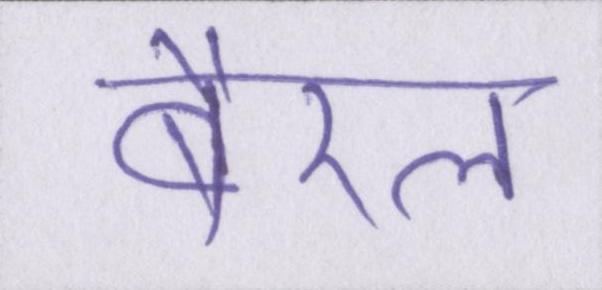
बैरल